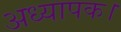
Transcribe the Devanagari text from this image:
अध्यापक।